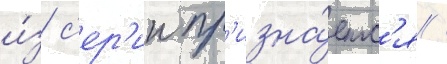
и́з с'ер'ии пр'изна́етс'я /